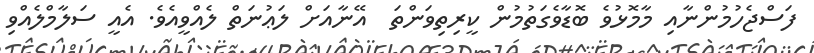
ފަސްޖެހުމުންނާއި މާމޮޅުވެ ބޮޑާވެގަތުމުން ކީރިތިވަންތަ  އޭނާއަށް ލަޢުނަތް ލެއްވީއެވެ. އެއީ ސަލާމްލެއްވި